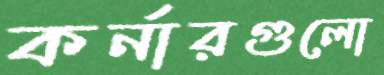
কর্নারগুলো